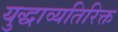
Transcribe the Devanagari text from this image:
युद्धाव्यतिरिक्त